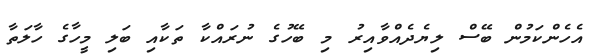
އެހެންކަމުން ބޭސް ލިޔެދެއްވާއިރު މި ބޭހުގެ ނުރައްކާ ތަކާއި ބަލި މީހާގެ ހާލަތާ